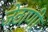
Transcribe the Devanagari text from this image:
जेठाणी